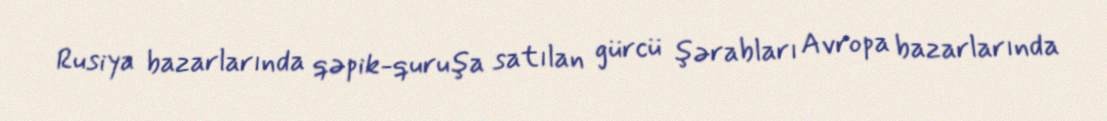
Rusiya bazarlarında qəpik-quruşa satılan gürcü şərabları Avropa bazarlarında